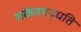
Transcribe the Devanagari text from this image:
सकेतपद्धति